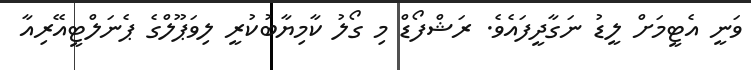
ވަނީ އެޓީމަށް ލީޑު ނަގާދީފައެވެ. ރަޝްފޯޑް މި ގޯލު ކާމިޔާބުކުރީ ލިވަޕޫލްގެ ޕެނަލްޓީއޭރިއާ